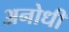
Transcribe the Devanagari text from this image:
अनोधी